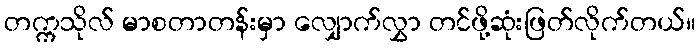
တက္ကသိုလ် မာစတာတန်းမှာ လျှောက်လွှာ တင်ဖို့ဆုံးဖြတ်လိုက်တယ်။